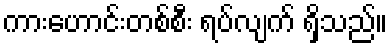
ကားဟောင်းတစ်စီး ရပ်လျက် ရှိသည်။